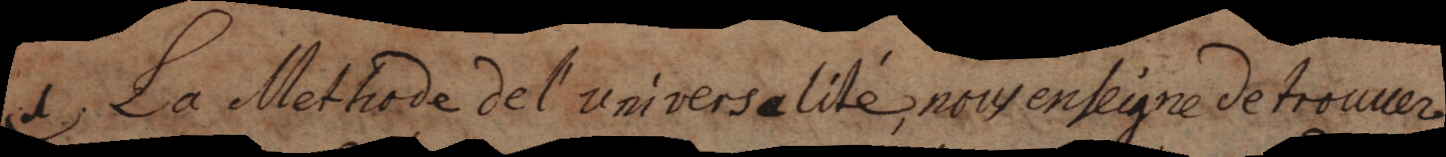
La Methode de l’universalité, nous enseigne de trouver